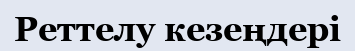
Реттелу кезеңдері